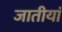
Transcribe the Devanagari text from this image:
जातीयां